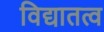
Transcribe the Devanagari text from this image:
विद्यातत्व